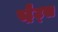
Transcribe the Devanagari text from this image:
स्ट्रैट्‍स